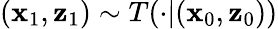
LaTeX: (\mathbf{x}_{1},\mathbf{z}_{1})\sim T(\cdot|(\mathbf{x}_{0},\mathbf{z}_{0}))